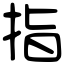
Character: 指